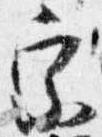
宗